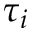
\tau _ { i }